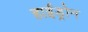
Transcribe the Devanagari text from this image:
हाईड्रोन